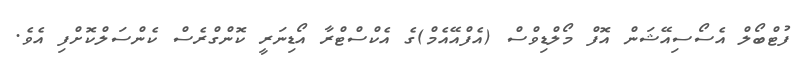
ފުޓްބޯލް އެސޯސިއޭޝަން އޮފް މޯލްޑިވްސް (އެފްއޭއެމް)ގެ އެކްސްޓްރާ އޯޑިނަރީ ކޮންގްރެސް ކެންސަލްކޮށްފި އެވެ.